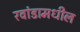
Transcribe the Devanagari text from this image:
रवांडामधील